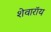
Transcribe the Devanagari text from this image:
शेवारॉय